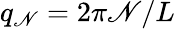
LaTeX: q_{\mathscr{N}}=2\pi\mathscr{N}/L